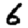
Digit: 6